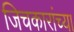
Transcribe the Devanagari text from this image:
जिचकारांच्या